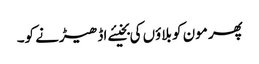
پھر مون کو بلاؤں کی بخیئے اڈھیڑنے کو۔